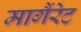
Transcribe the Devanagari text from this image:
मागैंरेट